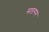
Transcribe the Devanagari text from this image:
सङगम